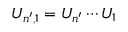
U _ { n ^ { \prime } , 1 } = U _ { n ^ { \prime } } \cdots U _ { 1 }